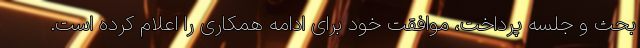
بحث و جلسه پرداخت، موافقت خود برای ادامه همکاری را اعلام کرده است.